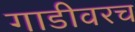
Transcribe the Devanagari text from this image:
गाडीवरच